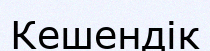
Кешендік